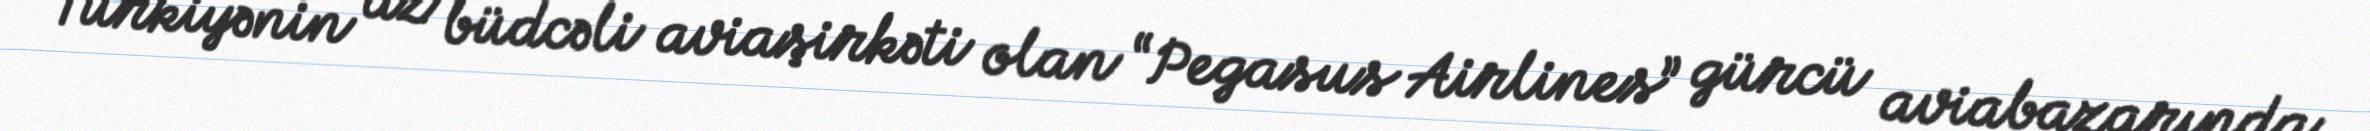
Türkiyənin az büdcəli aviaşirkəti olan “Pegasus Airlines” gürcü aviabazarında